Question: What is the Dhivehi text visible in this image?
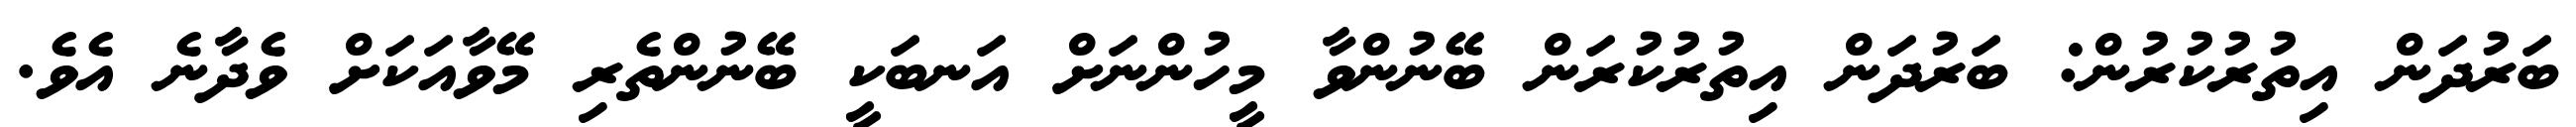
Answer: ބަރުދަން އިތުރުކުރުން: ބަރުދަން އިތުރުކުރަން ބޭނުންވާ މީހުންނަށް އަނބަކީ ބޭނުންތެރި މޭވާއަކަށް ވެދާނެ އެވެ.